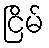
ငြိမ်